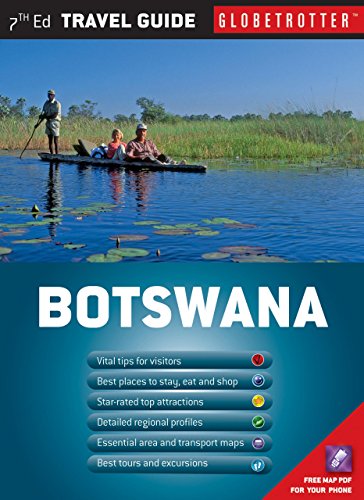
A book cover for Botswana Travel Pack (Globetrotter Travel Packs); Alan Brough; Travel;